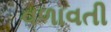
વળાવતી